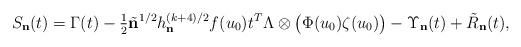
\begin{align*}S_{\mathbf{n}}(t)=\Gamma(t)-\tfrac{1}{2}\tilde{\mathbf{n}}^{1/2}h_{\mathbf{n}}^{(k+4)/2}f(u_{0})t^{T}\Lambda\otimes\bigl(\Phi(u_{0})\zeta(u_{0})\bigr)-\Upsilon_{\mathbf{n}}(t)+\tilde{R}_{\mathbf{n}}(t),\end{align*}